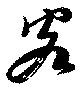
客